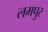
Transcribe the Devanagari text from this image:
लमपुर